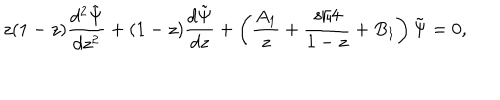
z ( 1 - z ) { \frac { d ^ { 2 } \tilde { \Psi } } { d z ^ { 2 } } } + ( 1 - z ) { \frac { d \tilde { \Psi } } { d z } } + \left( { \frac { A _ { 1 } } { z } } + { \frac { s / 4 } { 1 - z } } + B _ { 1 } \right) \tilde { \Psi } = 0 ,